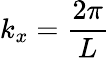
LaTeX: k_{x}=\frac{2\pi}{L}